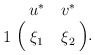
\begin{align*}\bordermatrix{ & u^{*} & v^{*} \cr 1 & \xi_1 & \xi_2 \cr}.\end{align*}